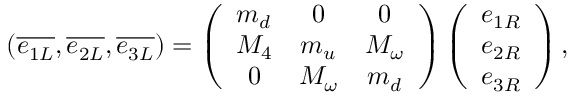
( \overline { { { e _ { 1 L } } } } , \overline { { { e _ { 2 L } } } } , \overline { { { e _ { 3 L } } } } ) = \left( \begin{array} { c c c } { { m _ { d } } } & { { 0 } } & { { 0 } } \\ { { M _ { 4 } } } & { { m _ { u } } } & { { M _ { \omega } } } \\ { { 0 } } & { { M _ { \omega } } } & { { m _ { d } } } \end{array} \right) \left( \begin{array} { c } { { e _ { 1 R } } } \\ { { e _ { 2 R } } } \\ { { e _ { 3 R } } } \end{array} \right) ,